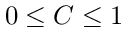
0 \leq C \leq 1